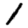
Digit: 1